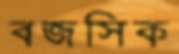
বজসিক